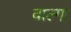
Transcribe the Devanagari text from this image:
वाल्गा